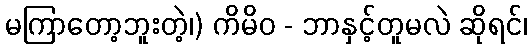
မကြာတော့ဘူးတဲ့၊) ကိမိဝ - ဘာနှင့်တူမလဲ ဆိုရင်၊